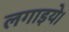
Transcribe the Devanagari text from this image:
लगाइये।